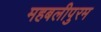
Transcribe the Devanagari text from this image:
महबलीपुरम